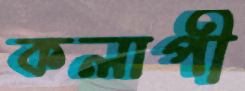
কলাপী